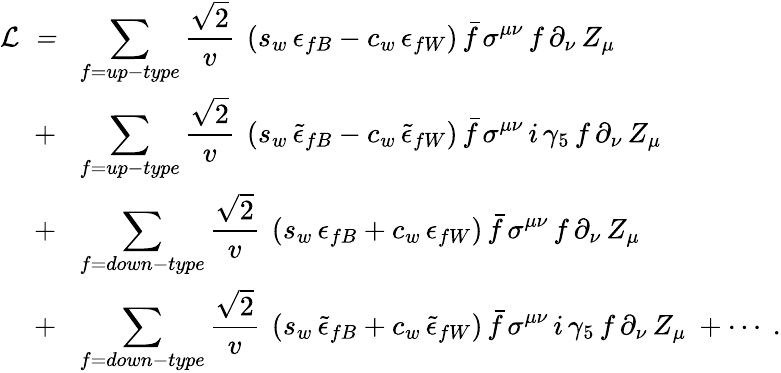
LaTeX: \begin{array}{rl}{{\cal L\ =}}&{{\! \displaystyle\sum_{f=up-type}{\frac{\sqrt{2}}{v}}\ \left(s_{w}\, \epsilon_{fB}-c_{w}\, \epsilon_{fW}\right)\, \bar{f}\, \sigma^{\mu\nu}\, f\, \partial_{\nu}\, Z_{\mu}}}\\ {{+}}&{{\! \displaystyle\sum_{f=up-type}{\frac{\sqrt{2}}{v}}\ \left(s_{w}\, \tilde{\epsilon}_{fB}-c_{w}\, \tilde{\epsilon}_{fW}\right)\, \bar{f}\, \sigma^{\mu\nu}\, i\, \gamma_{5}\, f\, \partial_{\nu}\, Z_{\mu}}}\\ {{+}}&{{\! \displaystyle\sum_{f=down-type}{\frac{\sqrt{2}}{v}}\ \left(s_{w}\, \epsilon_{fB}+c_{w}\, \epsilon_{fW}\right)\, \bar{f}\, \sigma^{\mu\nu}\, f\, \partial_{\nu}\, Z_{\mu}}}\\ {{+}}&{{\! \displaystyle\sum_{f=down-type}{\frac{\sqrt{2}}{v}}\ \left(s_{w}\, \tilde{\epsilon}_{fB}+c_{w}\, \tilde{\epsilon}_{fW}\right)\, \bar{f}\, \sigma^{\mu\nu}\, i\, \gamma_{5}\, f\, \partial_{\nu}\, Z_{\mu}\ +\cdots\ .}}\end{array}